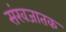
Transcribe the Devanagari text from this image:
संखजातक